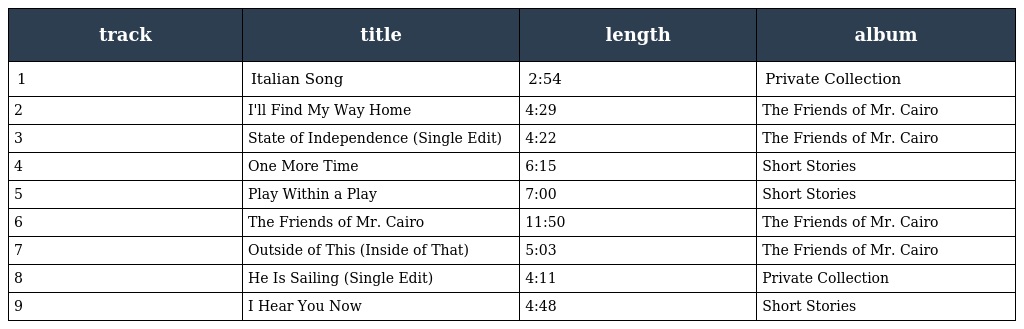
| track | title | length | album |
 | --- | --- | --- | --- |
 | 1 | Italian Song | 2:54 | Private Collection |
 | 2 | I'll Find My Way Home | 4:29 | The Friends of Mr. Cairo |
 | 3 | State of Independence (Single Edit) | 4:22 | The Friends of Mr. Cairo |
 | 4 | One More Time | 6:15 | Short Stories |
 | 5 | Play Within a Play | 7:00 | Short Stories |
 | 6 | The Friends of Mr. Cairo | 11:50 | The Friends of Mr. Cairo |
 | 7 | Outside of This (Inside of That) | 5:03 | The Friends of Mr. Cairo |
 | 8 | He Is Sailing (Single Edit) | 4:11 | Private Collection |
 | 9 | I Hear You Now | 4:48 | Short Stories |